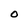
Character: O